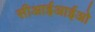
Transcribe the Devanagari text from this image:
सीआईआईओ